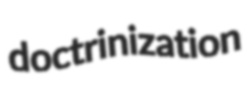
doctrinization